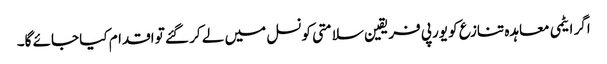
اگر ایٹمی معاہدہ تنازع کو یورپی فریقین سلامتی کونسل میں لے کر گئے تو اقدام کیا جائے گا۔